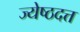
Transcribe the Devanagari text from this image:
ज्येष्ठदत्त